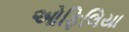
ઓફિલિયા